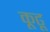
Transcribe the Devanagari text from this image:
कूढू